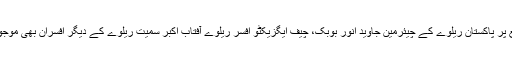
اس موقع پر پاکستان ریلوے کے چیئرمین جاوید انور بوبک، چیف ایگزیکٹو افسر ریلوے آفتاب اکبر سمیت ریلوے کے دیگر افسران بھی موجود تھے۔